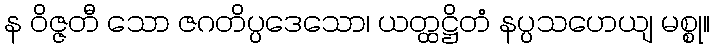
န ဝိဇ္ဇတီ သော ဇဂတိပ္ပဒေသော၊ ယတ္ထဋ္ဌိတံ နပ္ပသဟေယျ မစ္စု။